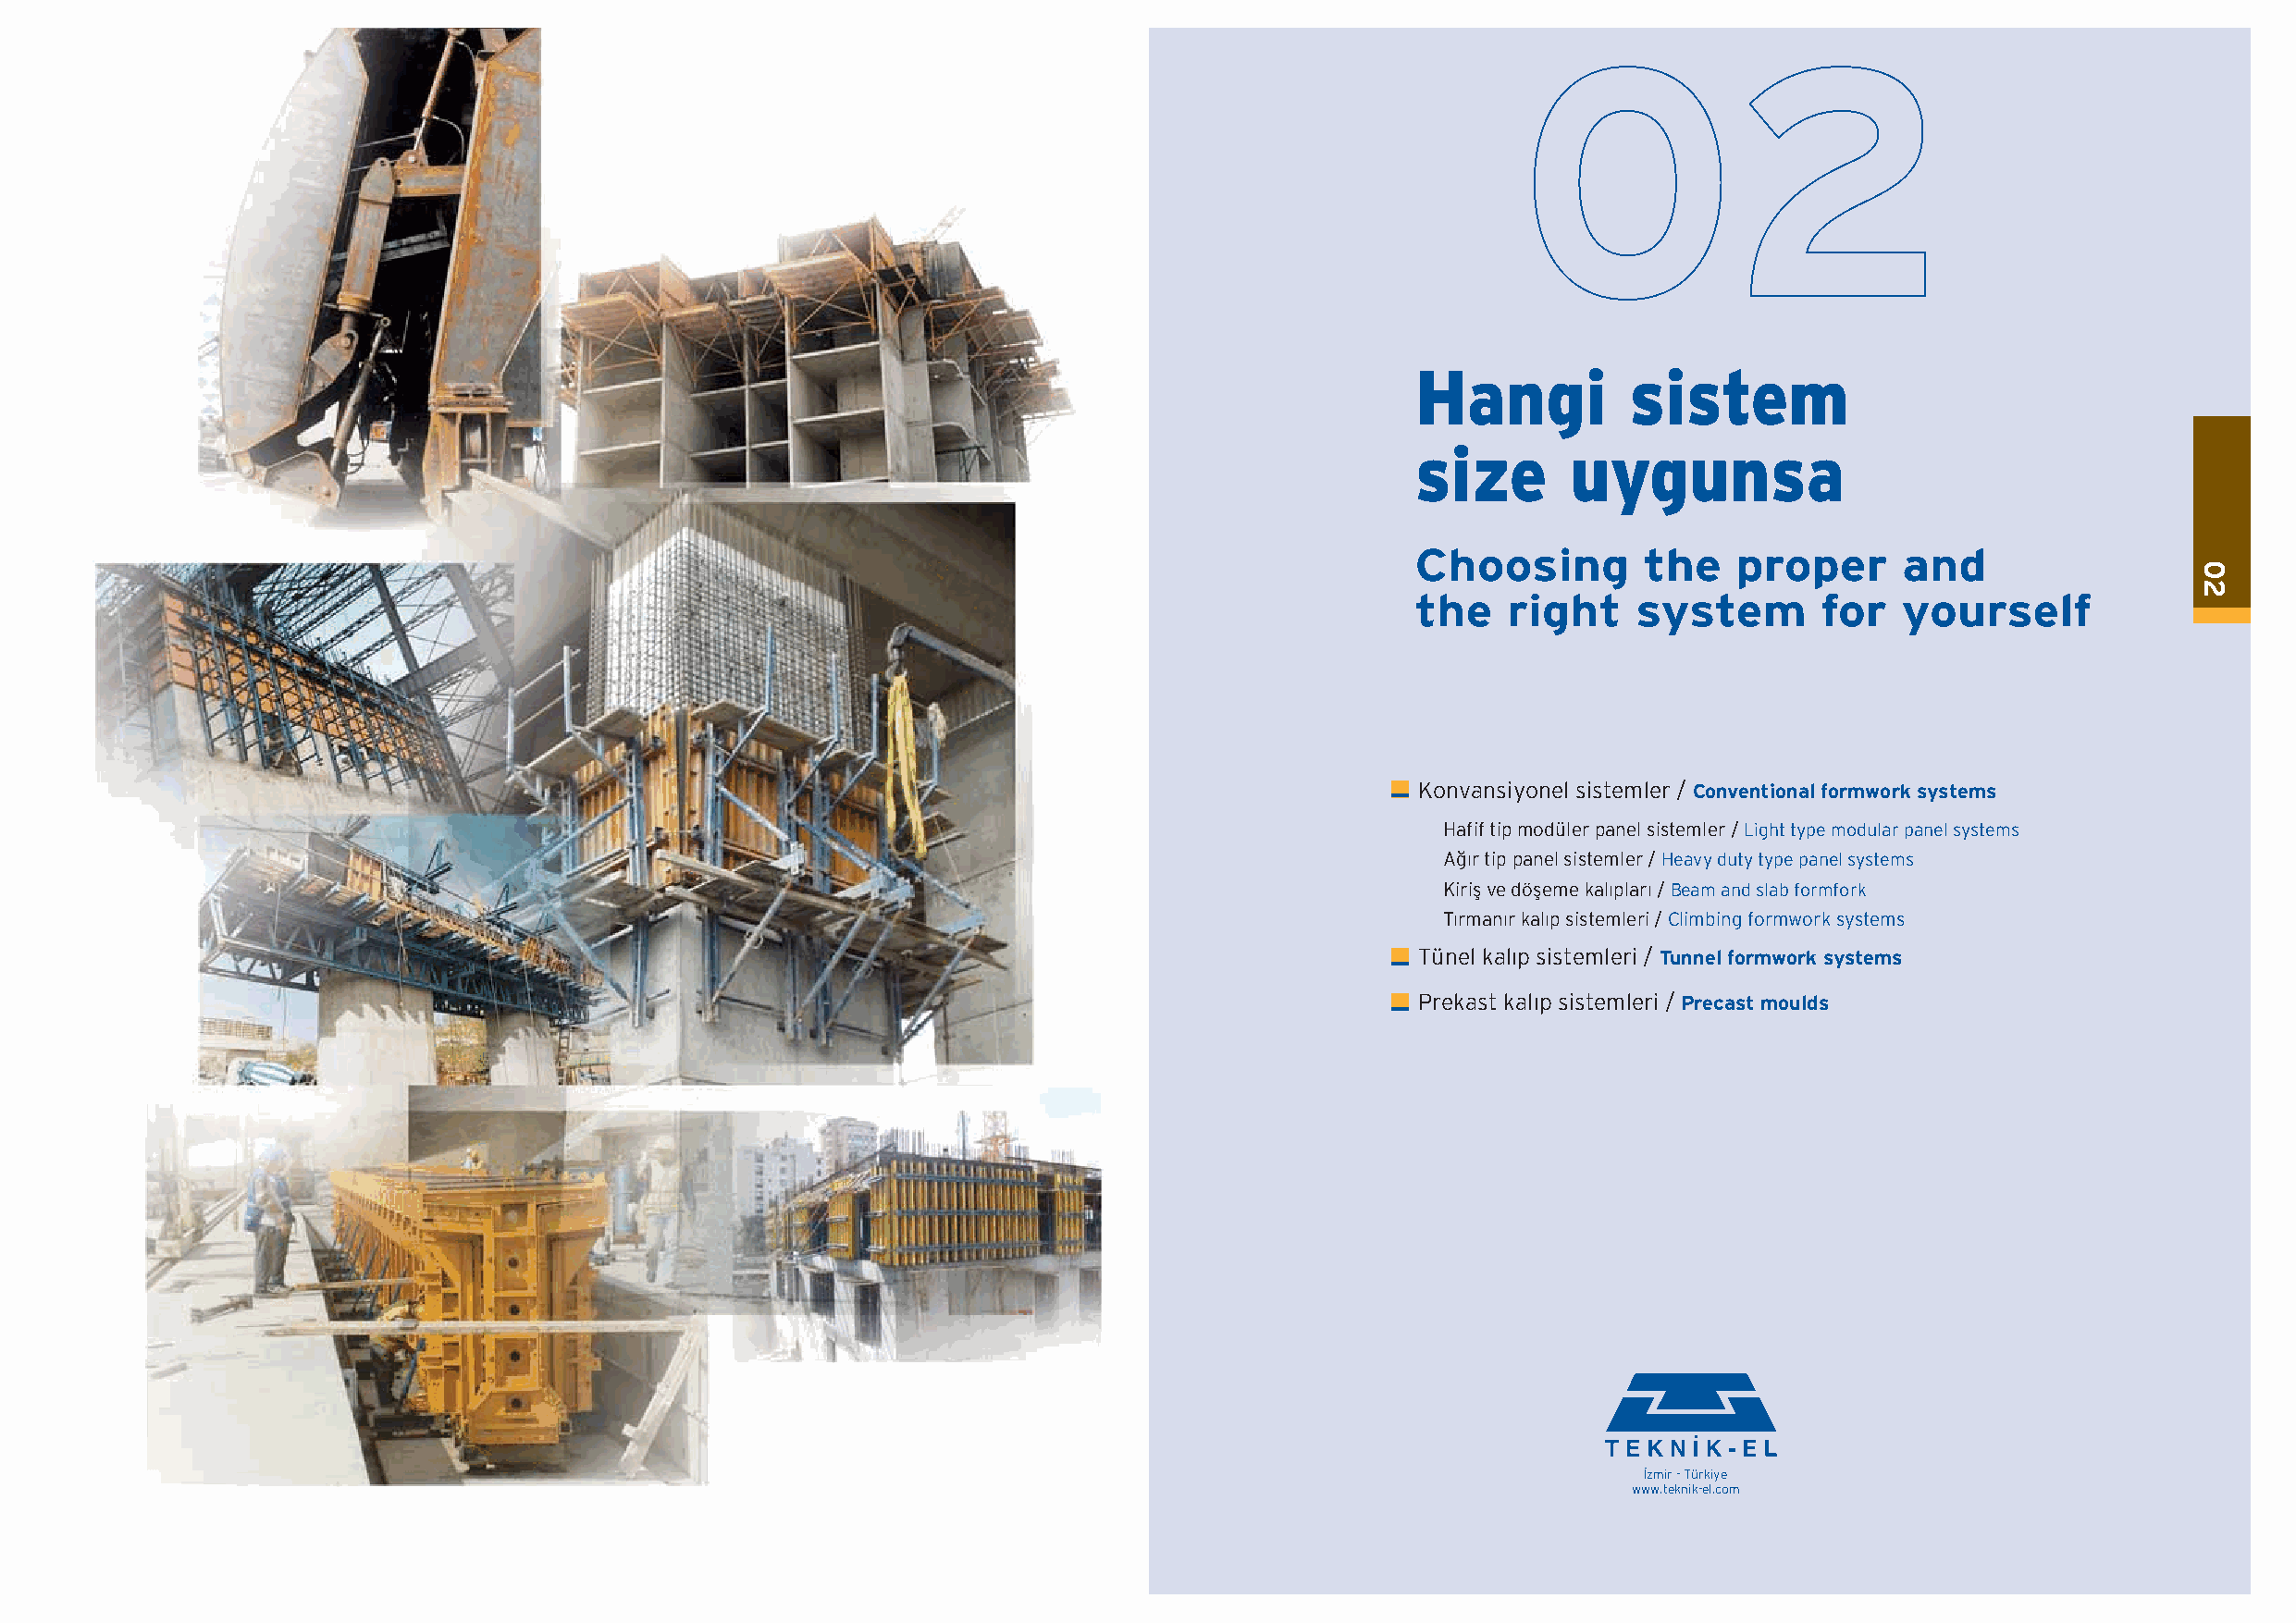
Hangi           sistem
 size       uygunsa
 Choosing         the   proper      and
 the    right    system       for   yourself
 Konvansiyonel sistemler / Conventional formwork systems
 Hafif tip modüler panel sistemler / Light type modular panel systems
 A¤›r tip panel sistemler / Heavy duty type panel systems
 Kirifl ve döfleme kal›plar› / Beam and slab formfork
 T›rman›r kal›p sistemleri / Climbing formwork systems
 Tünel kal›p sistemleri / Tunnel formwork systems
 Prekast kal›p sistemleri / Precast moulds
 ‹zmir - Türkiye
 www.teknik-el.com
 0              2
 02